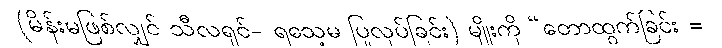
(မိန်းမဖြစ်လျှင် သီလရှင်- ရသေ့မ ပြုလုပ်ခြင်း) မျိုးကို “တောထွက်ခြင်း =